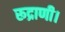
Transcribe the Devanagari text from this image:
रूद्राणी।